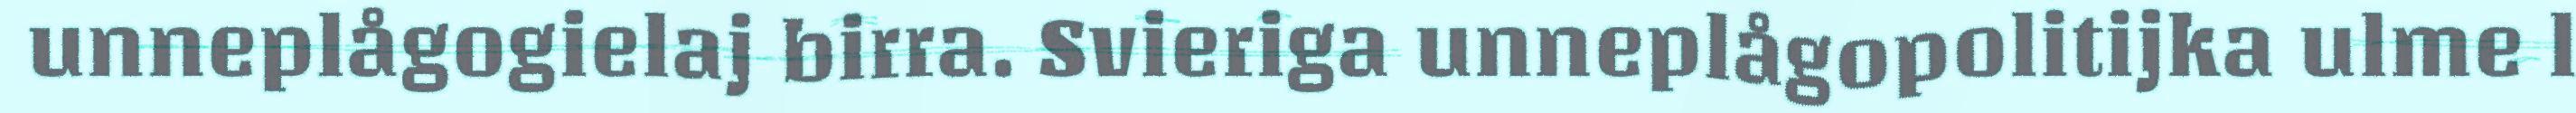
unneplågogielaj birra. Svieriga unneplågopolitijka ulme l